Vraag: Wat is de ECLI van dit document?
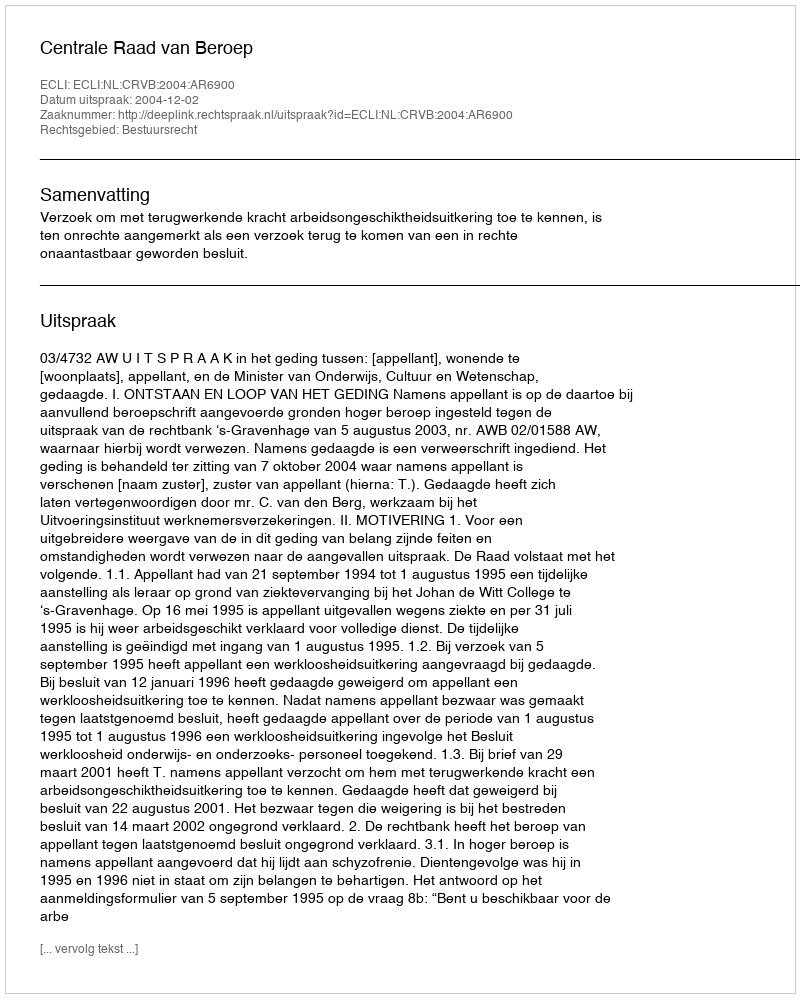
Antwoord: ECLI:NL:CRVB:2004:AR6900